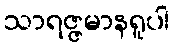
သာရဇ္ဇမာနရူပါ